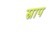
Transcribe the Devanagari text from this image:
स्राप